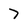
Character: 7